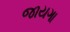
જાયગા